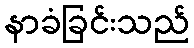
နာခံခြင်းသည်